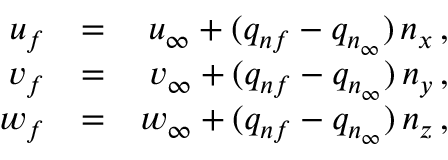
\begin{array} { r l r } { { u _ { f } } } & { { = } } & { { u _ { \infty } + ( q _ { n f } - q _ { n _ { \infty } } ) \, n _ { x } \, \mathrm { , } } } \\ { { v _ { f } } } & { { = } } & { { v _ { \infty } + ( q _ { n f } - q _ { n _ { \infty } } ) \, n _ { y } \, \mathrm { , } } } \\ { { w _ { f } } } & { { = } } & { { w _ { \infty } + ( q _ { n f } - q _ { n _ { \infty } } ) \, n _ { z } \, \mathrm { , } } } \end{array}